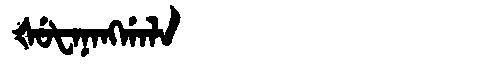
Manchu: ᡧᡠᡶᠠᠨᠠᠩᡤᠠᠯᠠ
Romanization: ŠUFANANGGALA